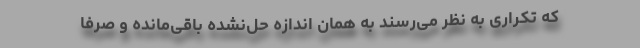
که تکراری به نظر می‌رسند به همان اندازه حل‌نشده باقی‌مانده و صرفاً